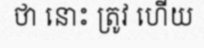
ថា នោះ ត្រូវ ហើយ